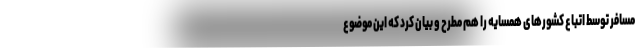
مسافر توسط اتباع کشورهای همسایه را هم مطرح و بیان کرد که این موضوع